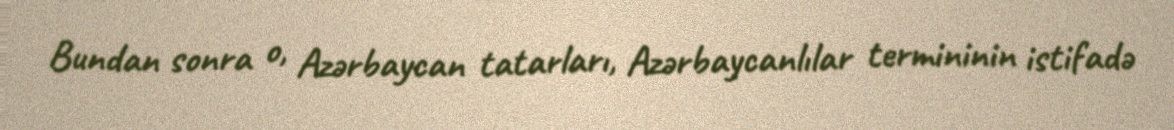
Bundan sonra o, Azərbaycan tatarları, Azərbaycanlılar termininin istifadə